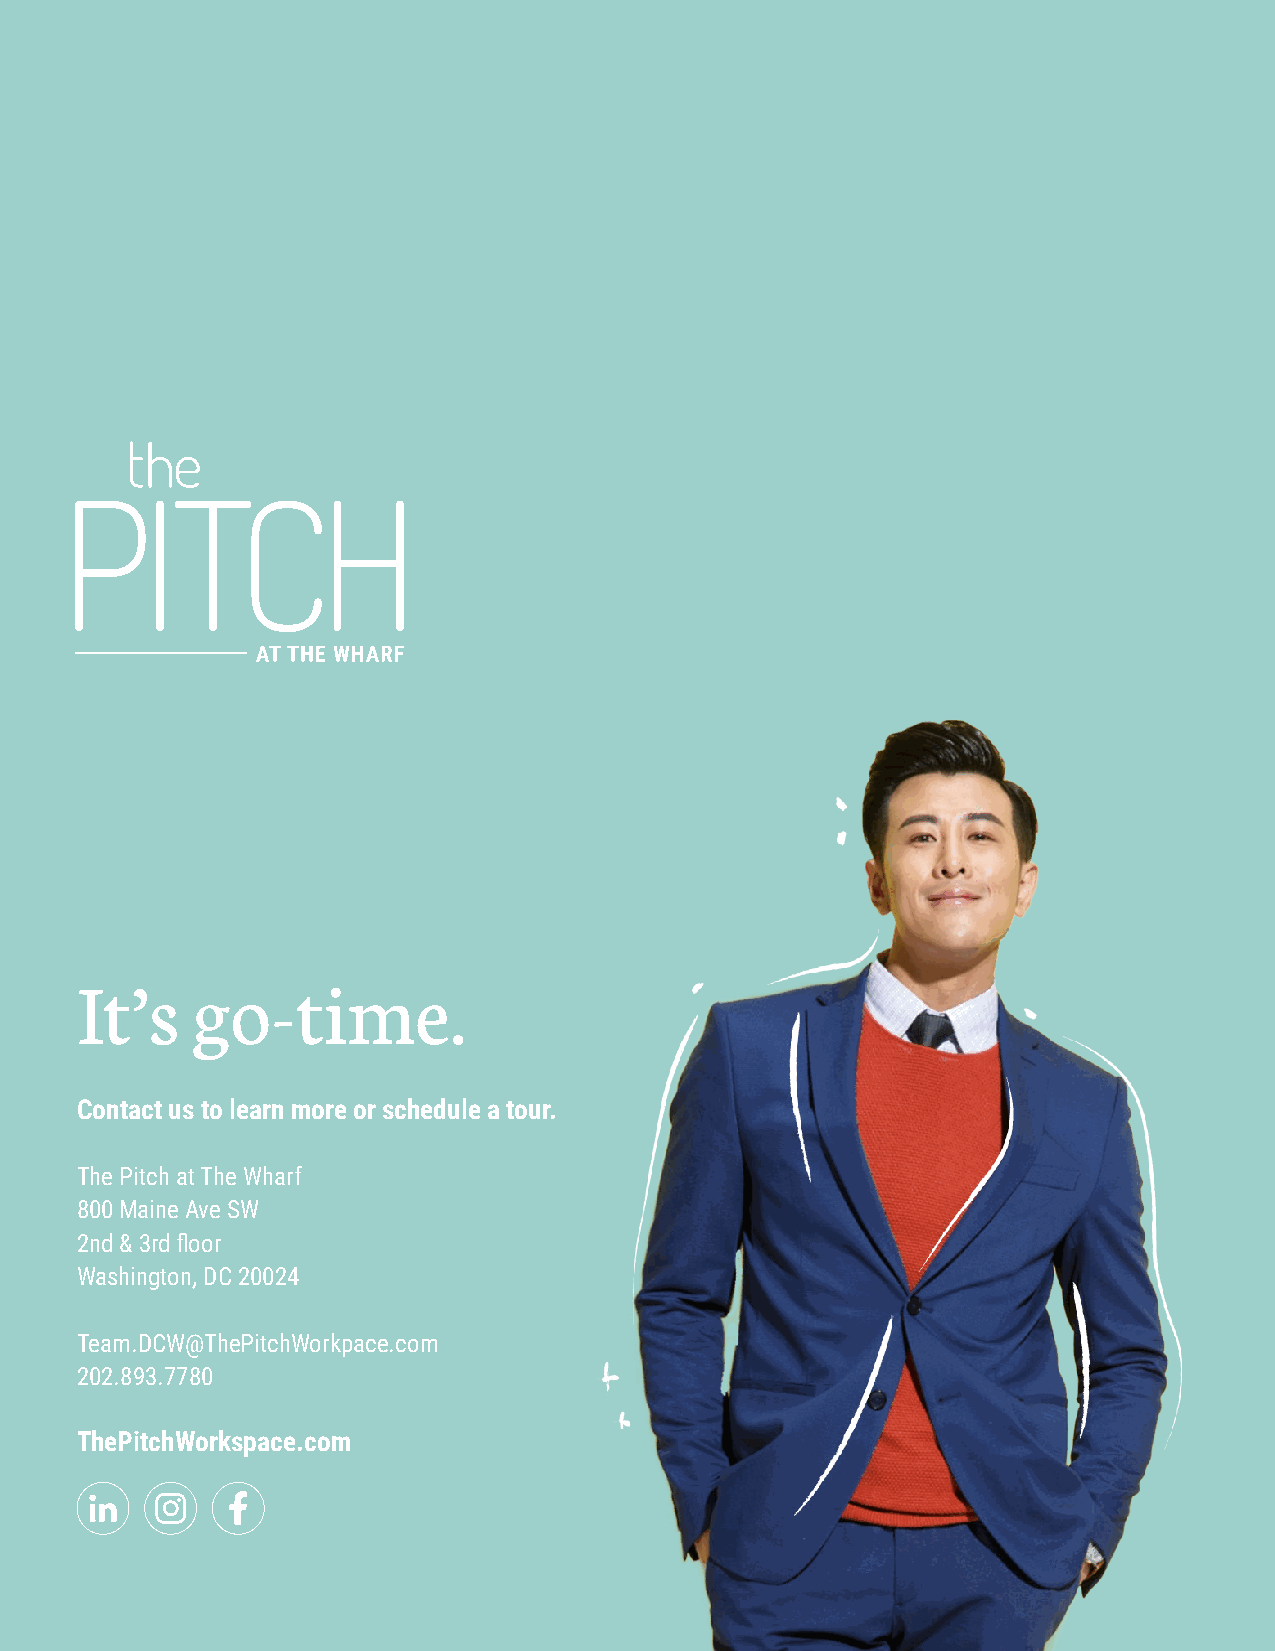
It’s    go-time.
 Contact us to learn more or schedule a tour.
 The Pitch at The Wharf
 800 Maine Ave SW
 2nd & 3rd floor
 Washington, DC 20024
 Team.DCW@ThePitchWorkpace.com
 202.893.7780
 ThePitchWorkspace.com